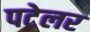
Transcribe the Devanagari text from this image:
पटेलर